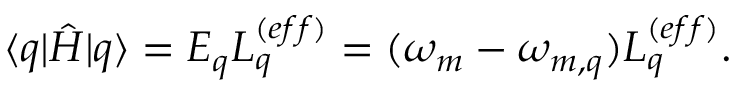
\langle q \vert \hat { H } \vert q \rangle = E _ { q } L _ { q } ^ { ( e f f ) } = ( \omega _ { m } - \omega _ { m , q } ) L _ { q } ^ { ( e f f ) } .